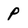
Character: p